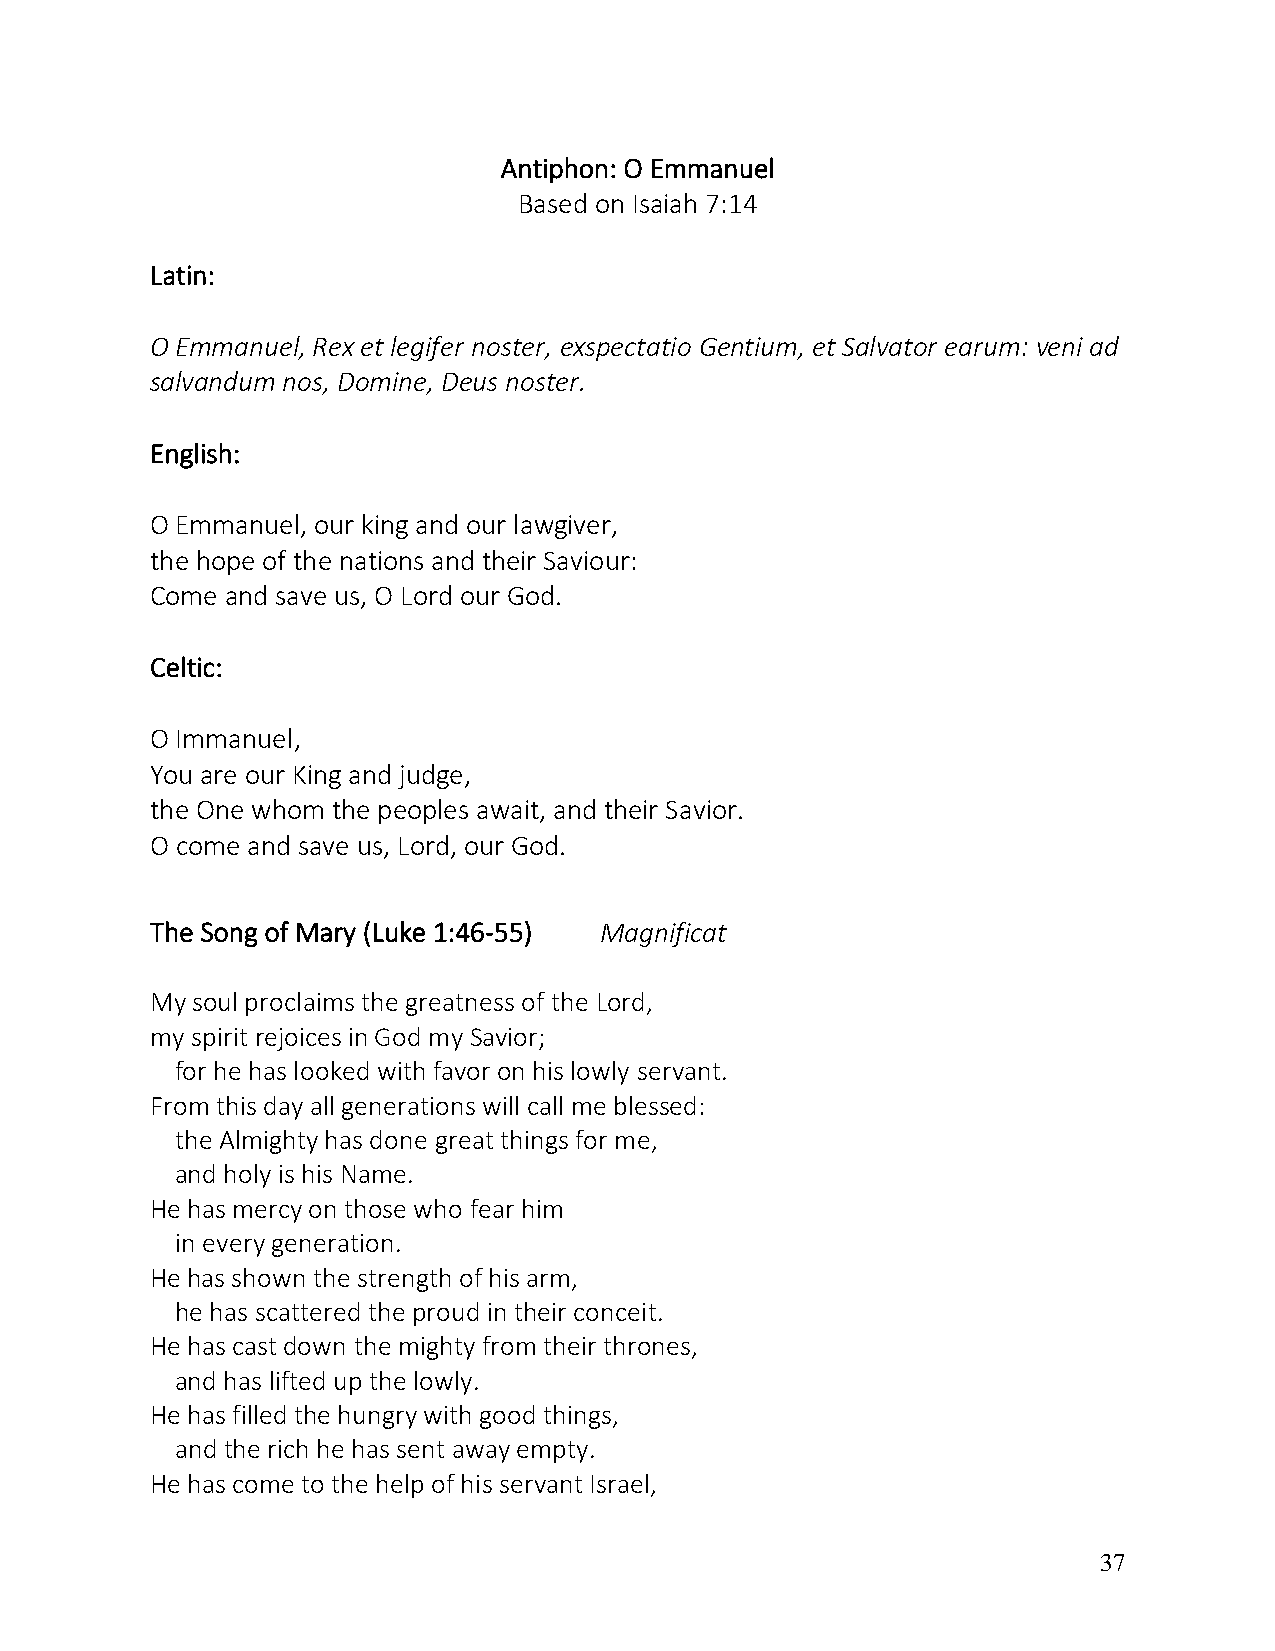
Antiphon: O Emmanuel
 Based on Isaiah 7:14
 Latin:
 O Emmanuel, Rex et legifer noster, exspectatio Gentium, et Salvator earum: veni ad
 salvandum nos, Domine, Deus noster.
 English:
 O Emmanuel, our king and our lawgiver,
 the hope of the nations and their Saviour:
 Come and save us, O Lord our God.
 Celtic:
 O Immanuel,
 You are our King and judge,
 the One whom the peoples await, and their Savior.
 O come and save us, Lord, our God.
 The Song of Mary (Luke 1:46-55) Magnificat
 My soul proclaims the greatness of the Lord,
 my spirit rejoices in God my Savior;
 for he has looked with favor on his lowly servant.
 From this day all generations will call me blessed:
 the Almighty has done great things for me,
 and holy is his Name.
 He has mercy on those who fear him
 in every generation.
 He has shown the strength of his arm,
 he has scattered the proud in their conceit.
 He has cast down the mighty from their thrones,
 and has lifted up the lowly.
 He has filled the hungry with good things,
 and the rich he has sent away empty.
 He has come to the help of his servant Israel,
 37